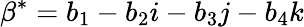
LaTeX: \beta^{*}=b_{1}-b_{2}i-b_{3}j-b_{4}k